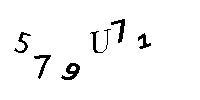
579U71